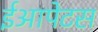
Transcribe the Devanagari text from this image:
ईआपेटस